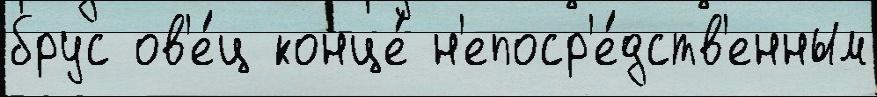
брус ов'е́ц конце́ н'епоср'е́дств'енным